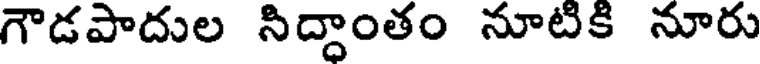
గౌడపాదుల సిద్దాంతం నూటికి నూరు